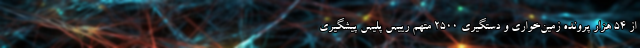
از ۵۴ هزار پرونده زمین‌خواری و دستگیری ۲۵۰۰ متهم رییس پلیس پیشگیری